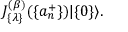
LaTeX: J _ { \{ \lambda \} } ^ { ( \beta ) } ( \{ a _ { n } ^ { + } \} ) | \{ 0 \} \rangle .